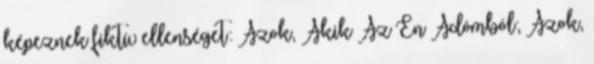
képeznek fiktív ellenséget: Azok, Akik Az Én Adómból; Azok,